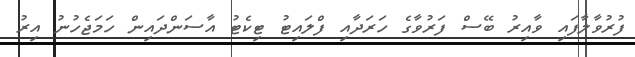
ފުރުވާލާފައި ވާއިރު ބޭސް ފަރުވާގެ ހަރަދާއި ފްލައިޓު ޓިކެޓު އާސަންދައިން ހަމަޖެހުނު އިރު